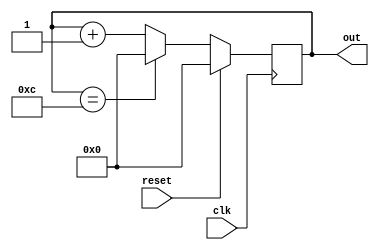
module mod12_counter(out,clk,reset);

output reg [3:0] out = 4'b0000;
input clk,reset;

always @(posedge clk)begin
    if(reset)
        out <= 4'b0000;
    else if(out == 4'b1100)
        out <= 4'b0000;
    else
        out = out + 1;
end

endmodule